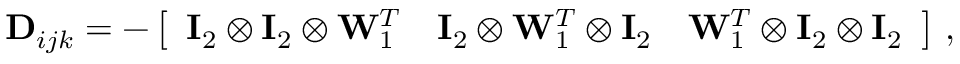
\mathbf D _ { i j k } = - \left[ \begin{array} { l l l } { \mathbf I _ { 2 } \otimes \mathbf I _ { 2 } \otimes \mathbf W _ { 1 } ^ { T } } & { \mathbf I _ { 2 } \otimes \mathbf W _ { 1 } ^ { T } \otimes \mathbf I _ { 2 } } & { \mathbf W _ { 1 } ^ { T } \otimes \mathbf I _ { 2 } \otimes \mathbf I _ { 2 } } \end{array} \right] \, ,